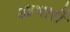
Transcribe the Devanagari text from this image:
आभारों